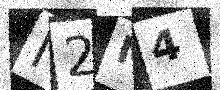
Text: N2M4